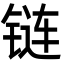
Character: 链